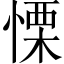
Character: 慄